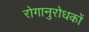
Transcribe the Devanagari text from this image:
रोगानुरोधकों